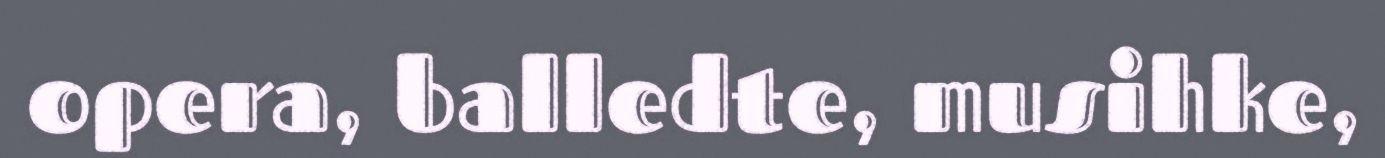
opera, balledte, musihke,